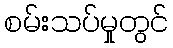
စမ်းသပ်မှုတွင်